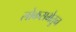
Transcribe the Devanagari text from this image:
लोकसभेतून